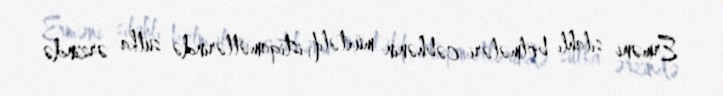
Erməni silahlı bölmələri cəbhənin müxtəlif istiqamətlərində sutka ərzində